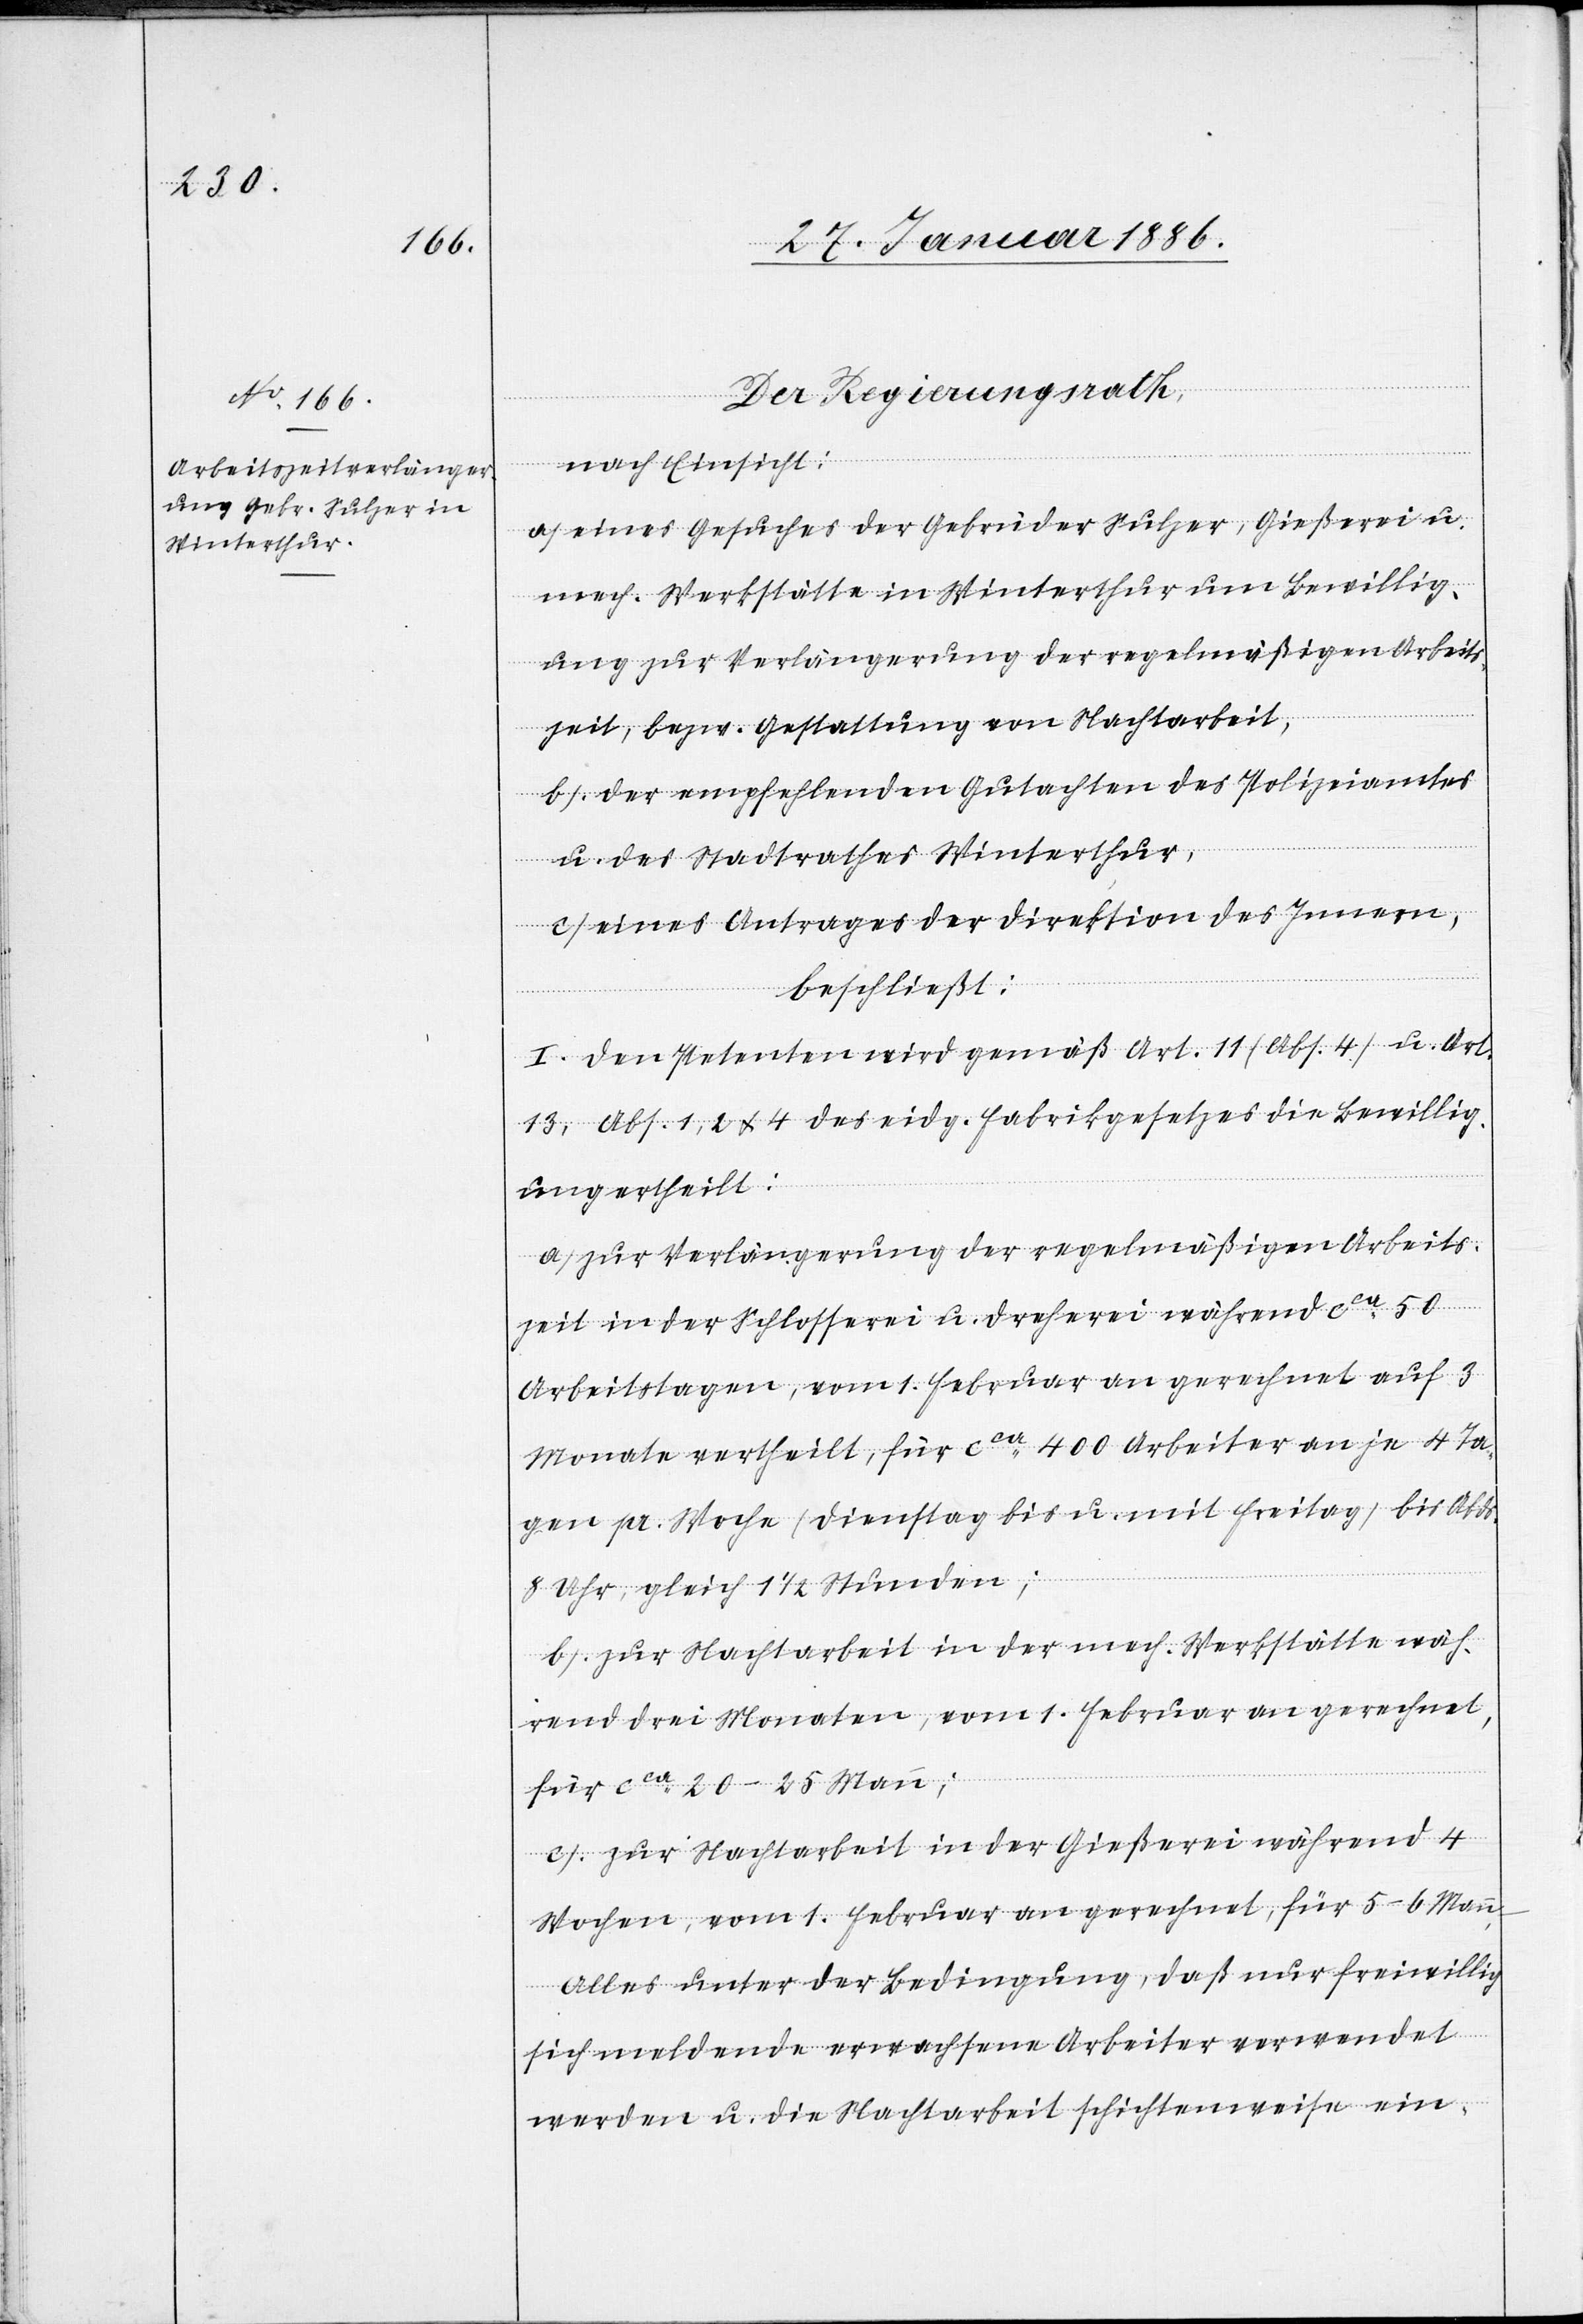
Der Regierungsrath,
ends
nach Einsicht:
a) eines Gesuches der Gebrüder Sulzer, Gießerei u.
mech. Werkstätte in Winterthur um Bewillig¬
ung zur Verlängerung der regelmäßigen Arbeit¬
szeit, bzw. Gestattung von Nachtarbeit,
b) der empfehlenden Gutachten des Polizeiamtes
u. des Stadtrathes Winterthur,
c) eines Antrages der Direktion des Innern,
beschließt:
I. Den Petenten wird gemäß Art. 11 (Abs. 4) u. Art.
13, Abs. 1, 2 & 4 des eidg. Fabrikgesetzes die Bewillig¬
ung ertheilt:
a) zur Verlängerung der regelmäßigen Arbeits¬
zeit in der Schlosserei u. Dreherei während cca 50
Arbeitstagen, vom 1. Februar an gerechnet auf 3
Monate ertheilt, für cca 400 Arbeiter an je 4 Ta¬
gen pr. Woche (Dienstag bis u. mit Freitag) bis Ab¬
8 Uhr, gleich 1 1/2 Stunden;
b) zur Nacharbeit in der mech. Werkstätten wäh¬
rend drei Monaten, vom 1. Februar an gerechnet,
für cca 20–25 Mann;
c) zur Nachtarbeit in der Gießerei während 4
Wochen, vom 1. Februar an gerechnet, für 5–6 Mann
alles unter der Bedingung, daß nur freiwillig
sich meldende erwachsene Arbeiter verwendet
werden u. die Nachtarbeit schichtenweise ein-